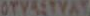
OTVASTYAT